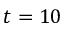
t = 1 0